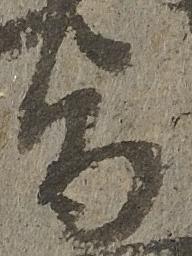
旨